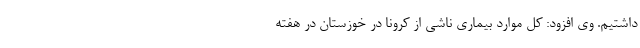
داشتیم. وی افزود: کل موارد بیماری ناشی از کرونا در خوزستان در هفته